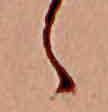
ゝ